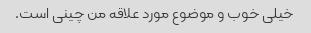
خیلی خوب و موضوع مورد علاقه من چینی است.